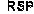
RSP